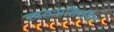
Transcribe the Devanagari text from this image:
स्वतःप्रतिरक्षित